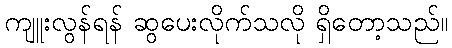
ကျူးလွန်ရန် ဆွပေးလိုက်သလို ရှိတော့သည်။